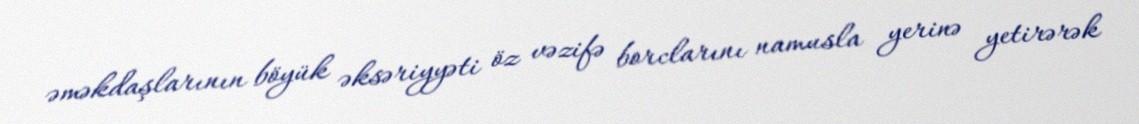
əməkdaşlarının böyük əksəriyyəti öz vəzifə borclarını namusla yerinə yetirərək